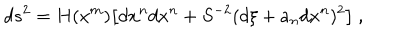
LaTeX: d s ^ { 2 } = H ( x ^ { m } ) \bigl [ d x ^ { n } d x ^ { n } + S ^ { - 2 } ( d \xi + a _ { n } d x ^ { n } ) ^ { 2 } \bigr ] \ ,